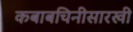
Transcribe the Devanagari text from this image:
कबाबचिनीसारखी